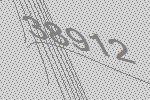
38912